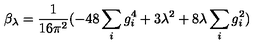
\beta _ { \lambda } = \frac { 1 } { 1 6 \pi ^ { 2 } } ( - 4 8 \sum _ { i } g _ { i } ^ { 4 } + 3 \lambda ^ { 2 } + 8 \lambda \sum _ { i } g _ { i } ^ { 2 } )